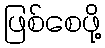
ဖြစ်စေဖို့